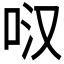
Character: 𭇙